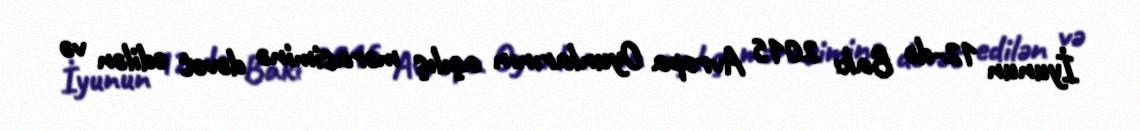
İyunun 12-də Bakı 2015 Avropa Oyunlarının açılış mərasiminə dəvət edilən və